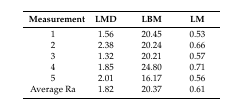
<table><thead><tr><td><b>Measurement</b></td><td><b>LMD</b></td><td><b>LBM</b></td><td><b>LM</b></td></tr></thead><tbody><tr><td>1</td><td>1.56</td><td>20.45</td><td>0.53</td></tr><tr><td>2</td><td>2.38</td><td>20.24</td><td>0.66</td></tr><tr><td>3</td><td>1.32</td><td>20.21</td><td>0.57</td></tr><tr><td>4</td><td>1.85</td><td>24.80</td><td>0.71</td></tr><tr><td>5</td><td>2.01</td><td>16.17</td><td>0.56</td></tr><tr><td>Average Ra</td><td>1.82</td><td>20.37</td><td>0.61</td></tr></tbody></table>